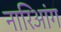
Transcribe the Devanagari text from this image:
नारिआंग